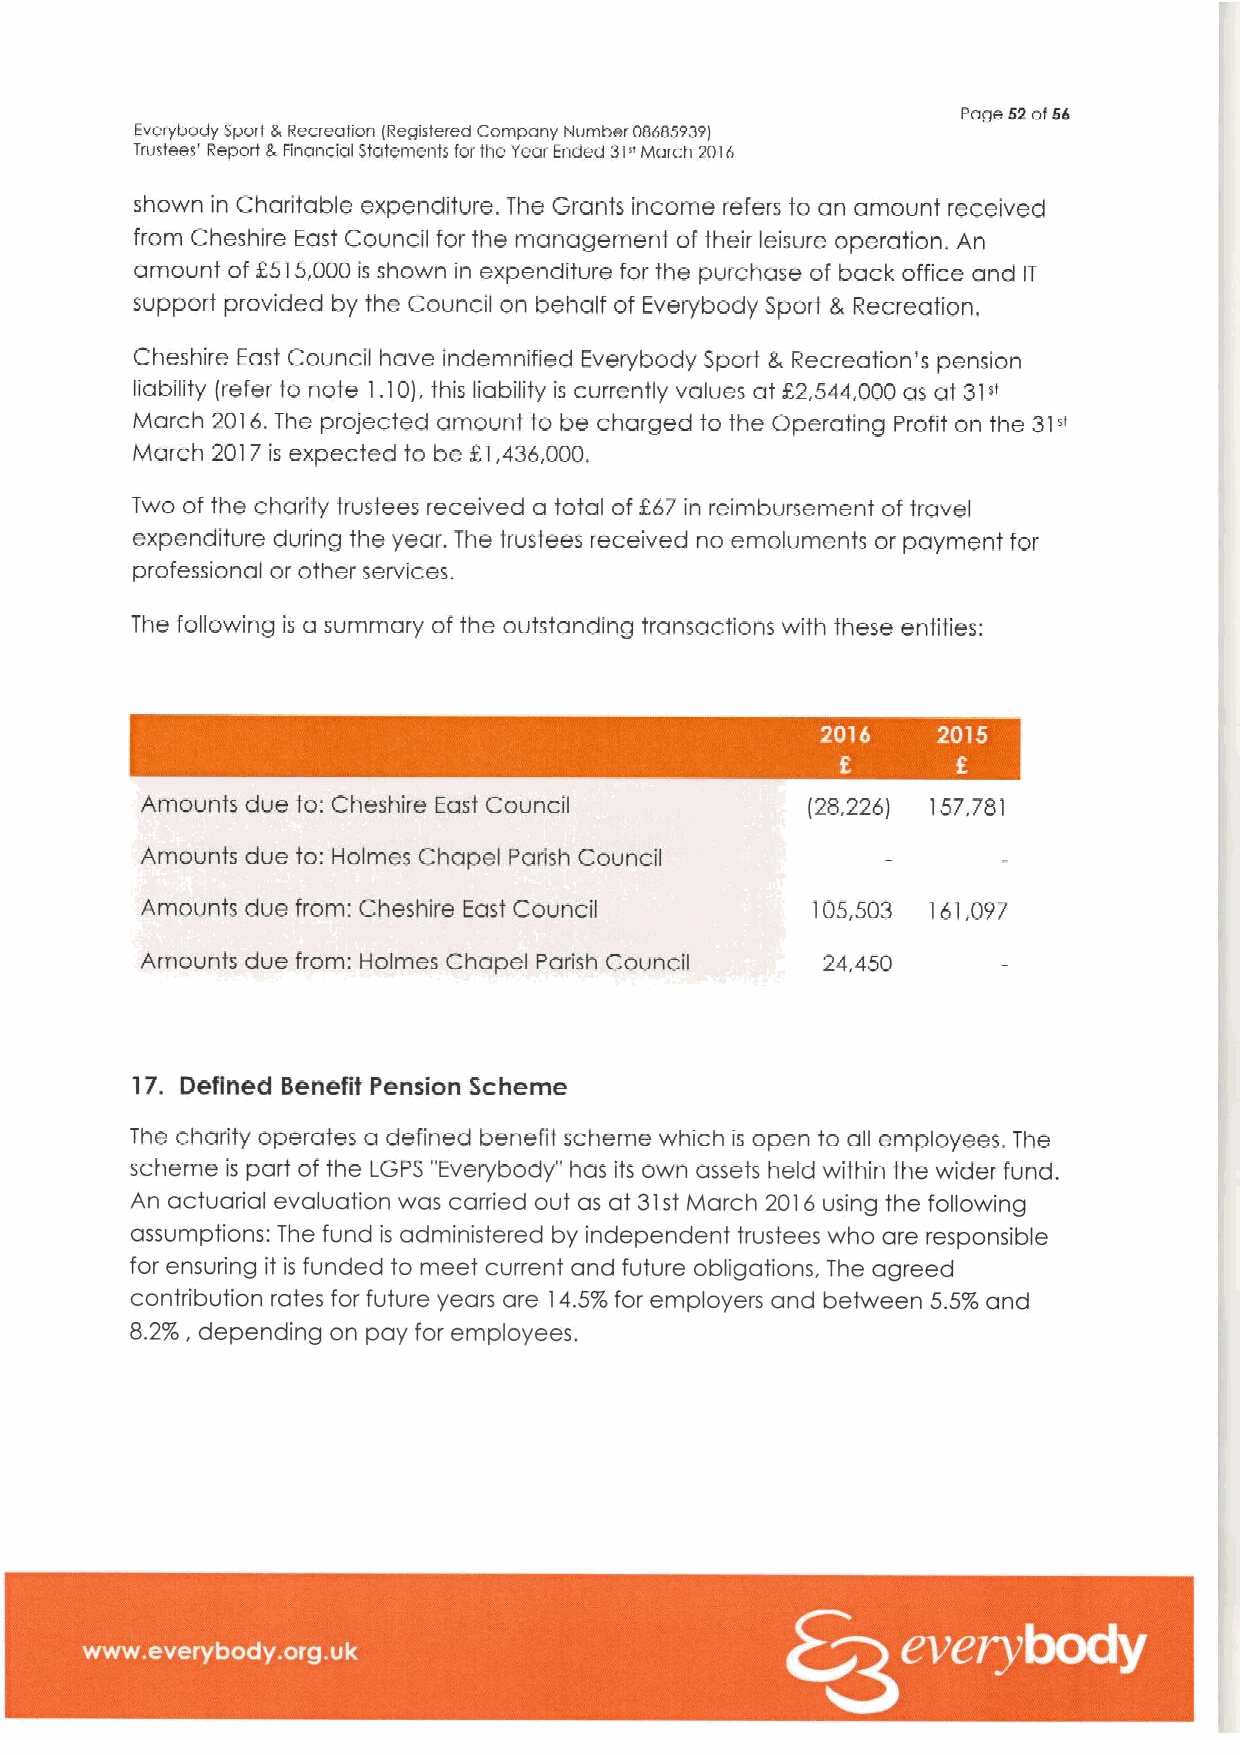
page 52of56
 Everybody Sport 8 Recreation IRegisiered Company Number 086839391
 trustees' Report & Financial Statements for the Year Ended 31"March 2016
 shown in Charitable expenditure. The Grants income refers to an amount received
 from Cheshire East Council for the management of their leisure operation. An
 amount of 2515,000 is shown in expenditure for the purchase of back office and IT
 support provided by the Council on behalf of Everybody Sport 8, Recreation,
 Cheshire East Council have indemnified Everybody Sport 8, Recreation's pension
 liability (refer to note 1.10j.this liability is currently values at 22,544,000as at 31»
 March 2016.The projected amount to be charged to the Operating Profit on the 31»
 March 2017 is expected to be RI,436,000,
 Two of the charity trustees received a total of267 in reimbursement of travel
 expenditure during the year. The trustees received no emoluments or payment for
 professional or other services.
 The following is a summary of the outstanding transactions with these entities:
 Amounts due to:Cheshire East Council        (28,226] 157.781
 Amounts due to: Holmes Chapel Parish Council
 Amounts due from: Cheshire East Council      105,503 161,097
 Amounts due from: Holmes Chapel Parish Council 24,450
 17. Defined Benefit Pension Scheme
 The charity operates a defined benefit scheme which is open to all employees. The
 scheme is part of the i.GPS "Everybody" has its own assets held within the wider fund.
 An actuarial evaluation was carried out as at 31st March 2016using the following
 assumptions: The fund is administered by independent trustees who are responsible
 for ensuring it is funded to meet current and future obligations, The agreed
 contribution rates for future years are 14.5%for employers and between 5.5% and
 8.2%.depending on pay for employees,
 ~ ~ ~